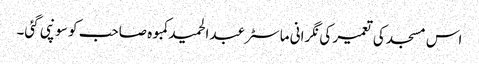
اس مسجد کی تعمیر کی نگرانی ماسٹر عبدالحمید کمبوہ صاحب کو سونپی گئی۔